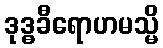
ဒုဒ္ဓခီရောဟမသ္မိ